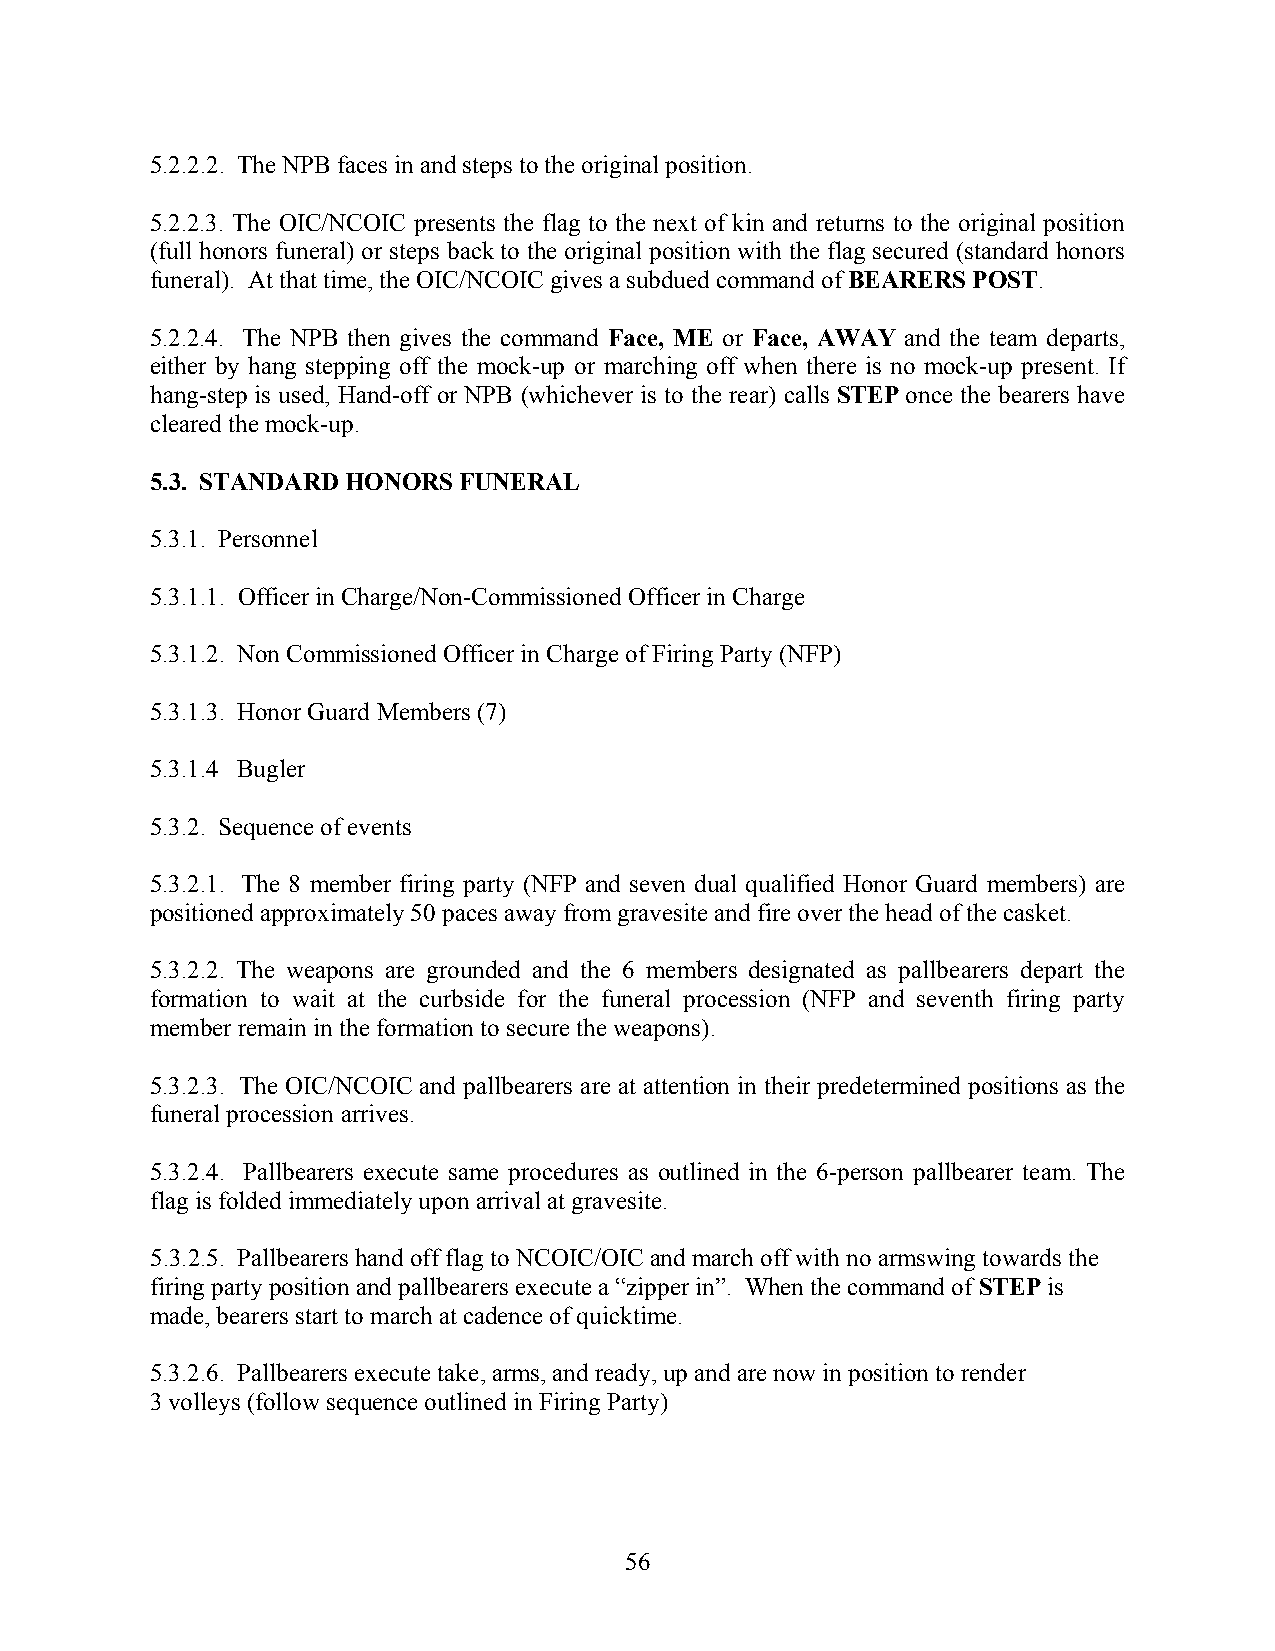
5.2.2.2. The NPB faces in and steps to the original position.
 5.2.2.3. The OIC/NCOIC presents the flag to the next of kin and returns to the original position
 (full honors funeral) or steps back to the original position with the flag secured (standard honors
 funeral). At that time, the OIC/NCOIC gives a subdued command of BEARERS POST.
 5.2.2.4. The NPB then gives the command Face, ME or Face, AWAY and the team departs,
 either by hang stepping off the mock-up or marching off when there is no mock-up present. If
 hang-step is used, Hand-off or NPB (whichever is to the rear) calls STEP once the bearers have
 cleared the mock-up.
 5.3. STANDARD HONORS FUNERAL
 5.3.1. Personnel
 5.3.1.1. Officer in Charge/Non-Commissioned Officer in Charge
 5.3.1.2. Non Commissioned Officer in Charge of Firing Party (NFP)
 5.3.1.3. Honor Guard Members (7)
 5.3.1.4 Bugler
 5.3.2. Sequence of events
 5.3.2.1. The 8 member firing party (NFP and seven dual qualified Honor Guard members) are
 positioned approximately 50 paces away from gravesite and fire over the head of the casket.
 5.3.2.2. The weapons are grounded and the 6 members designated as pallbearers depart the
 formation to wait at the curbside for the funeral procession (NFP and seventh firing party
 member remain in the formation to secure the weapons).
 5.3.2.3. The OIC/NCOIC and pallbearers are at attention in their predetermined positions as the
 funeral procession arrives.
 5.3.2.4. Pallbearers execute same procedures as outlined in the 6-person pallbearer team. The
 flag is folded immediately upon arrival at gravesite.
 5.3.2.5. Pallbearers hand off flag to NCOIC/OIC and march off with no armswing towards the
 firing party position and pallbearers execute a “zipper in”. When the command of STEP is
 made, bearers start to march at cadence of quicktime.
 5.3.2.6. Pallbearers execute take, arms, and ready, up and are now in position to render
 3 volleys (follow sequence outlined in Firing Party)
 56